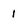
Character: 1